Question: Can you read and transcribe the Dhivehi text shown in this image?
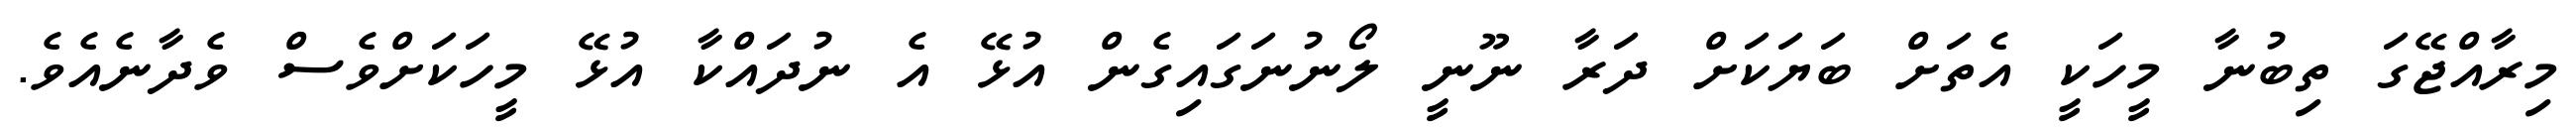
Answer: މިރާއްޖޭގަ ތިބުނާ މީހަކީ އެތަށް ބަޔަކަށް ދަރާ ނޫނީ ލޯނުނަގައިގެން އުޅޭ އެ ނުދައްކާ އުޅޭ މީހަކަށްވެސް ވެދާނެއެވެ.